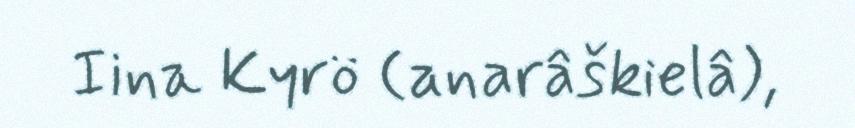
Iina Kyrö (anarâškielâ),